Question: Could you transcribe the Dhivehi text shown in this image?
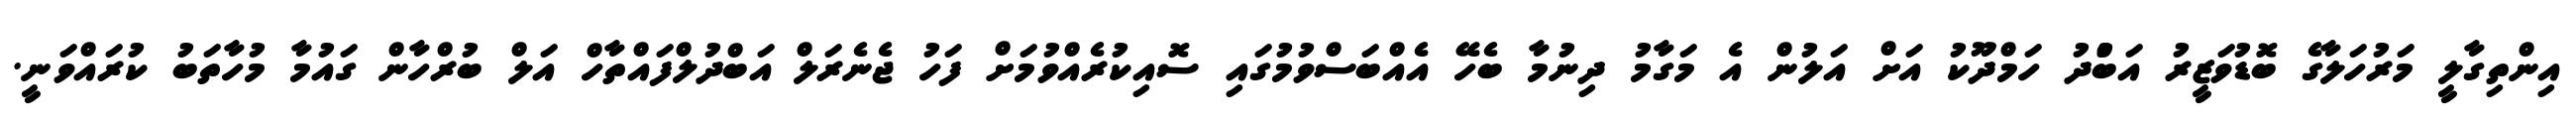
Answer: އިންތިގާލީ މަރުހަލާގެ ބޮޑުވަޒީރު އަބްުދު ހަމްދޫކު އަށް އަލުން އެ މަގާމު ދިނުމާ ބެހޭ އެއްބަސްވުމުގައި ސޮއިކުރެއްވުމަށް ފަހު ޖެނެރަލް އަބްދުލްފައްތާހް އަލް ބުރްހާން ގައުމާ މުހާތަބު ކުރައްވަނީ.